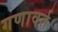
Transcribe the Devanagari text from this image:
गणावर्त